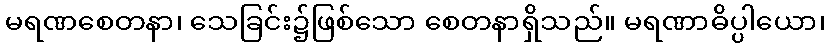
မရဏစေတနာ၊ သေခြင်း၌ဖြစ်သော စေတနာရှိသည်။ မရဏာဓိပ္ပါယော၊